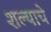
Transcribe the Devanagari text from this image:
शल्याचे